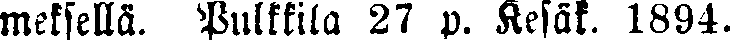
meksellä. Pulkkila 27 p. Kesäk. 1894.